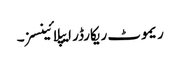
ریموٹ ریکارڈر ایپلائینسز۔